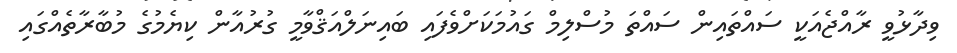
ވިދާޅުވީ ރާއްޖެއަކީ ސައްތައިން ސައްތަ މުސްލިމް ގައުމަކަށްވެފައި ބައިނަލްއަޤްވާމީ ގުރުއާން ކިޔެމުގެ މުބާރާތެއްގައި